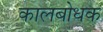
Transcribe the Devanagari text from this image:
कालबोधक